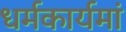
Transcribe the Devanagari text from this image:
धर्मकार्यमां